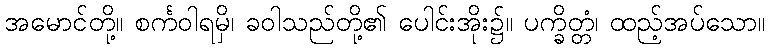
အမောင်တို့။ စင်္ကဝါရမှိ၊ ခဝါသည်တို့၏ ပေါင်းအိုး၌။ ပက္ခိတ္တံ၊ ထည့်အပ်သော။